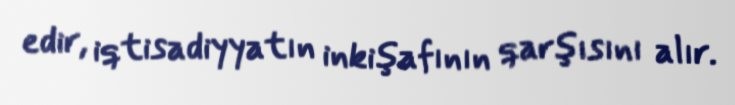
edir, iqtisadiyyatın inkişafının qarşısını alır.